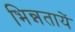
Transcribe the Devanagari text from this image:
भिन्नतायें